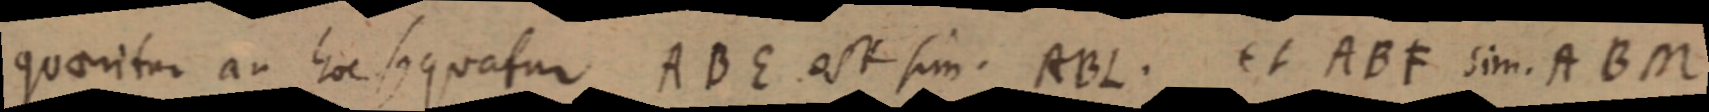
quaenitur an hoc sequatur ABE est sim. ABL. et ABF sim. ABM